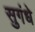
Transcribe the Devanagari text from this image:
सुगंधे